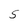
Character: S